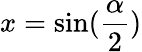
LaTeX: x=\sin(\frac{\alpha}{2})